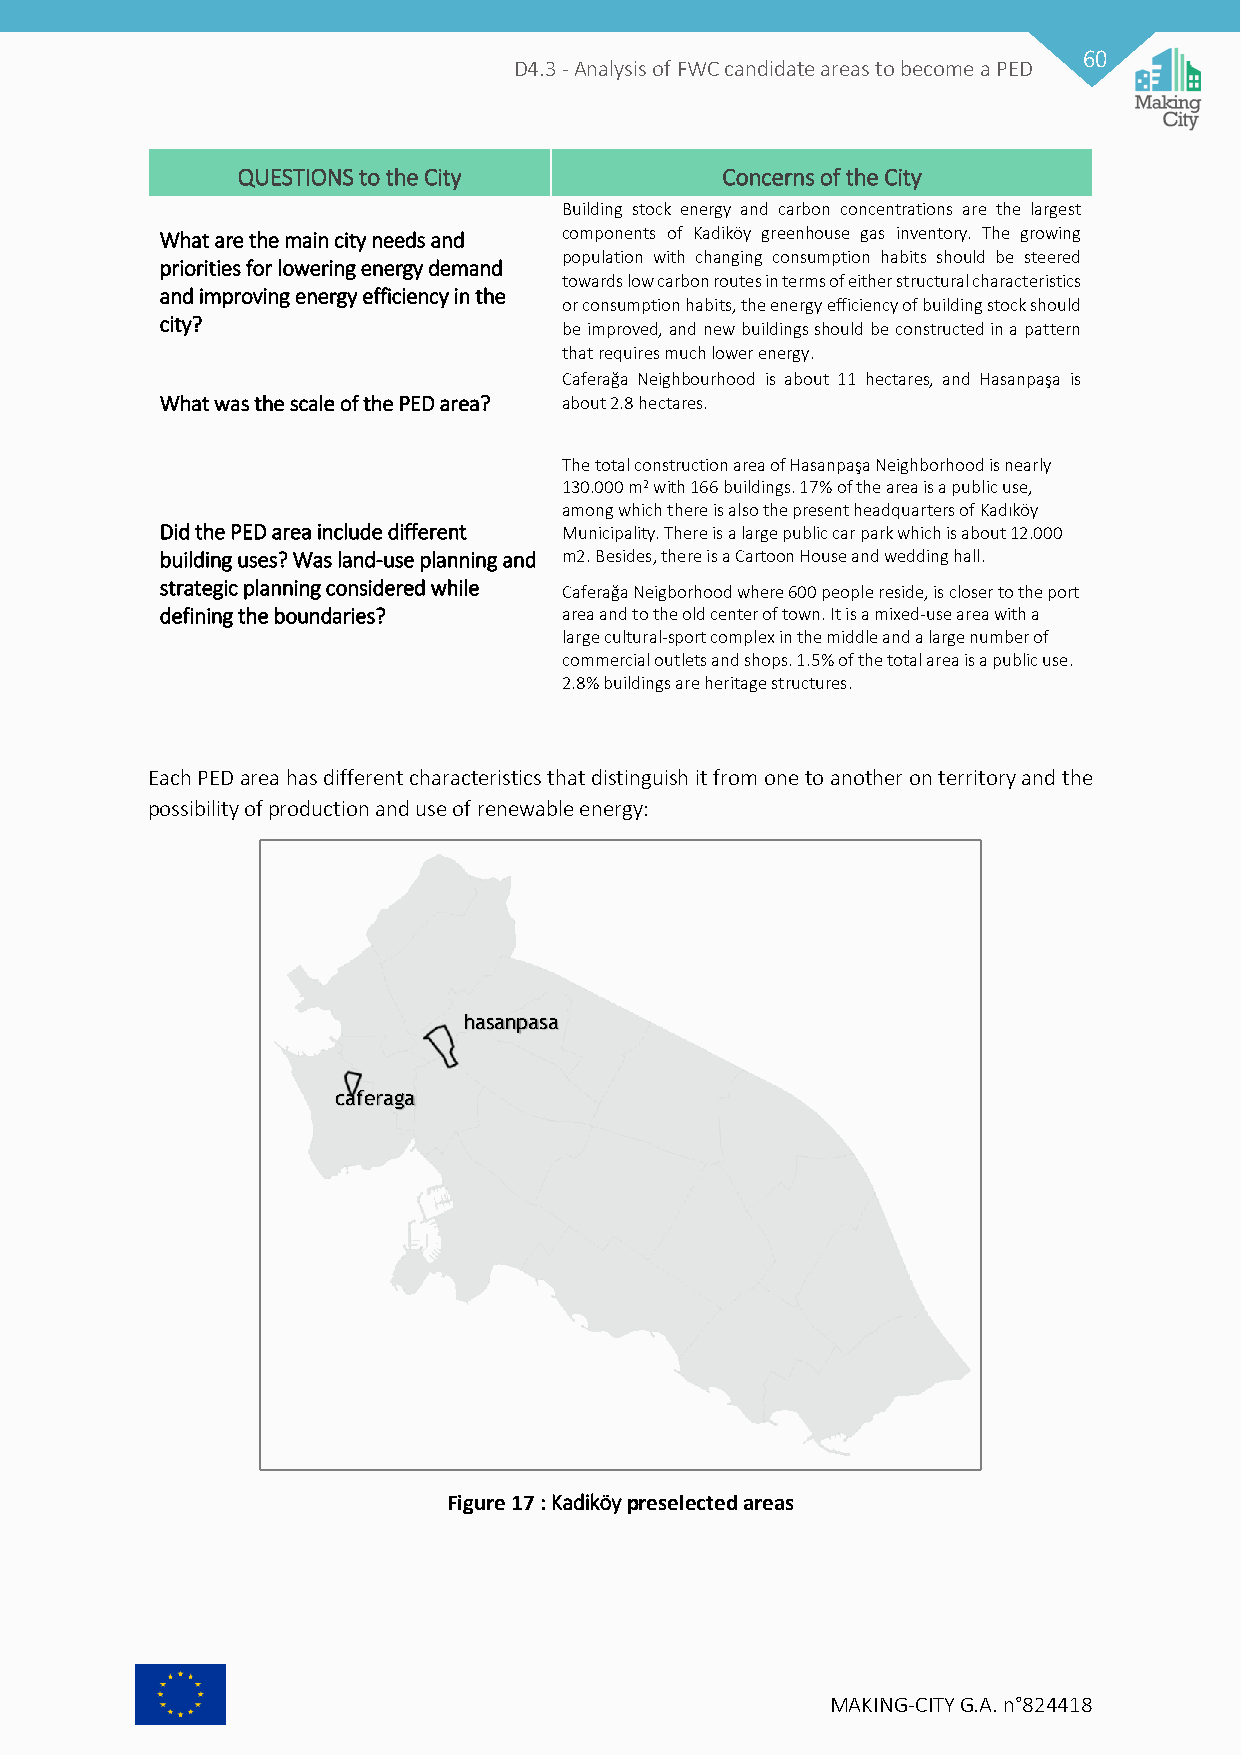
60
 D4.3 - Analysis of FWC candidate areas to become a PED
 QUESTIONS to the City           Concerns of the City
 Building stock energy and carbon concentrations are the largest
 What are the main city needs and components of Kadiköy greenhouse gas inventory. The growing
 population with changing consumption habits should be steered
 priorities for lowering energy demand
 towards low carbon routes in terms of either structural characteristics
 and improving energy efficiency in the
 or consumption habits, the energy efficiency of building stock should
 city?
 be improved, and new buildings should be constructed in a pattern
 that requires much lower energy.
 Caferağa Neighbourhood is about 11 hectares, and Hasanpaşa is
 What was the scale of the PED area? about 2.8 hectares.
 The total construction area of Hasanpaşa Neighborhood is nearly
 130.000 m2 with 166 buildings. 17% of the area is a public use,
 among which there is also the present headquarters of Kadıköy
 Did the PED area include different Municipality. There is a large public car park which is about 12.000
 building uses? Was land-use planning and m2. Besides, there is a Cartoon House and wedding hall.
 strategic planning considered while Caferağa Neigborhood where 600 people reside, is closer to the port
 defining the boundaries?  area and to the old center of town. It is a mixed-use area with a
 large cultural-sport complex in the middle and a large number of
 commercial outlets and shops. 1.5% of the total area is a public use.
 2.8% buildings are heritage structures.
 Each PED area has different characteristics that distinguish it from one to another on territory and the
 possibility of production and use of renewable energy:
 hasanpasa
 caferaga
 Figure 17 : Kadiköy preselected areas
 MAKING-CITY G.A. n°824418